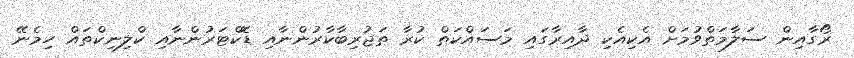
ރޯގާއިން ސަލާމަތްވުމަށް އެކިއެކި ދާއިރާގައި މަސައްކަތް ކުރާ ތަޖުރިބާކާރުންނާއި ޑޮކްޓަރުންނާއި ކްލިނިކްތައް ހިމެނޭ